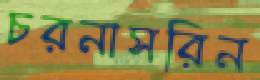
চরনাসরিন